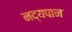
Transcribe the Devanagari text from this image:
नद्यपान